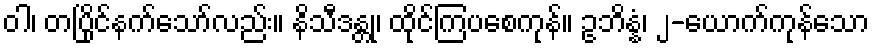
ဝါ၊ တပြိုင်နက်သော်လည်း။ နိသီဒန္တု၊ ထိုင်ကြပစေကုန်။ ဥဘိန္နံ၊ ၂-ယောက်ကုန်သော